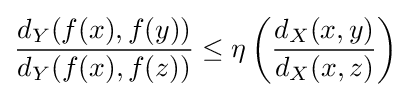
{\frac {d_{Y}(f(x),f(y))}{d_{Y}(f(x),f(z))}}\leq \eta \left({\frac {d_{X}(x,y)}{d_{X}(x,z)}}\right)